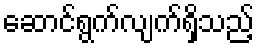
ဆောင်ရွက်လျက်ရှိသည့်